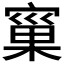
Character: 𭔐